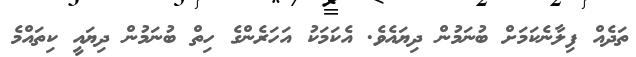
ތަދެއް ފިލާނެކަމަށް ބުނަމުން ދިޔައެވެ. އެކަމަކު އަހަރެންގެ ހިތް ބުނަމުން ދިޔައީ ކިތައްމެ